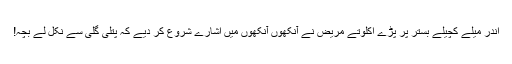
اندر میلے کچیلے بستر پر پڑے اکلوتے مریض نے آنکھوں آنکھوں میں اشارے شروع کر دیے کہ پتلی گلی سے نکل لے بچہ!